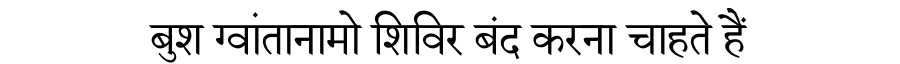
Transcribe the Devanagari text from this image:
बुश ग्वांतानामो शिविर बंद करना चाहते हैं